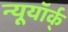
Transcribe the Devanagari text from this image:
न्यूयॉर्क्